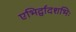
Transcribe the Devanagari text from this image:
एभिर्द्वादशभिः